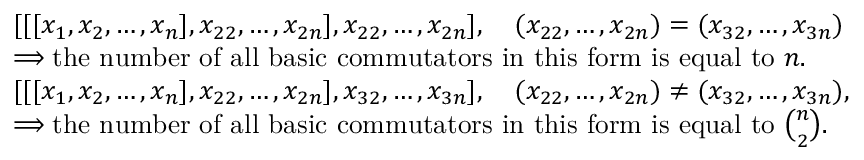
\begin{array} { r l } & { [ [ [ x _ { 1 } , x _ { 2 } , \dots , x _ { n } ] , x _ { 2 2 } , \dots , x _ { 2 n } ] , x _ { 2 2 } , \dots , x _ { 2 n } ] , \quad ( x _ { 2 2 } , \dots , x _ { 2 n } ) = ( x _ { 3 2 } , \dots , x _ { 3 n } ) } \\ & { \Longrightarrow { \mathrm { t h e ~ n u m b e r ~ o f ~ a l l ~ b a s i c ~ c o m m u t a t o r s ~ i n ~ t h i s ~ f o r m ~ i s ~ e q u a l ~ t o ~ } } n . } \\ & { [ [ [ x _ { 1 } , x _ { 2 } , \dots , x _ { n } ] , x _ { 2 2 } , \dots , x _ { 2 n } ] , x _ { 3 2 } , \dots , x _ { 3 n } ] , \quad ( x _ { 2 2 } , \dots , x _ { 2 n } ) \neq ( x _ { 3 2 } , \dots , x _ { 3 n } ) , } \\ & { \Longrightarrow { \mathrm { t h e ~ n u m b e r ~ o f ~ a l l ~ b a s i c ~ c o m m u t a t o r s ~ i n ~ t h i s ~ f o r m ~ i s ~ e q u a l ~ t o ~ } } { \binom { n } { 2 } } . } \end{array}